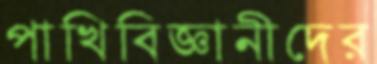
পাখিবিজ্ঞানীদের